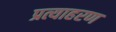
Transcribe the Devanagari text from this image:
प्रत्याहरण